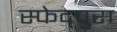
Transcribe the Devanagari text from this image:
स्फेद्पुरा